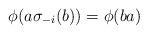
LaTeX: \begin{align*}\phi(a\sigma_{-i}(b))=\phi(ba)\end{align*}